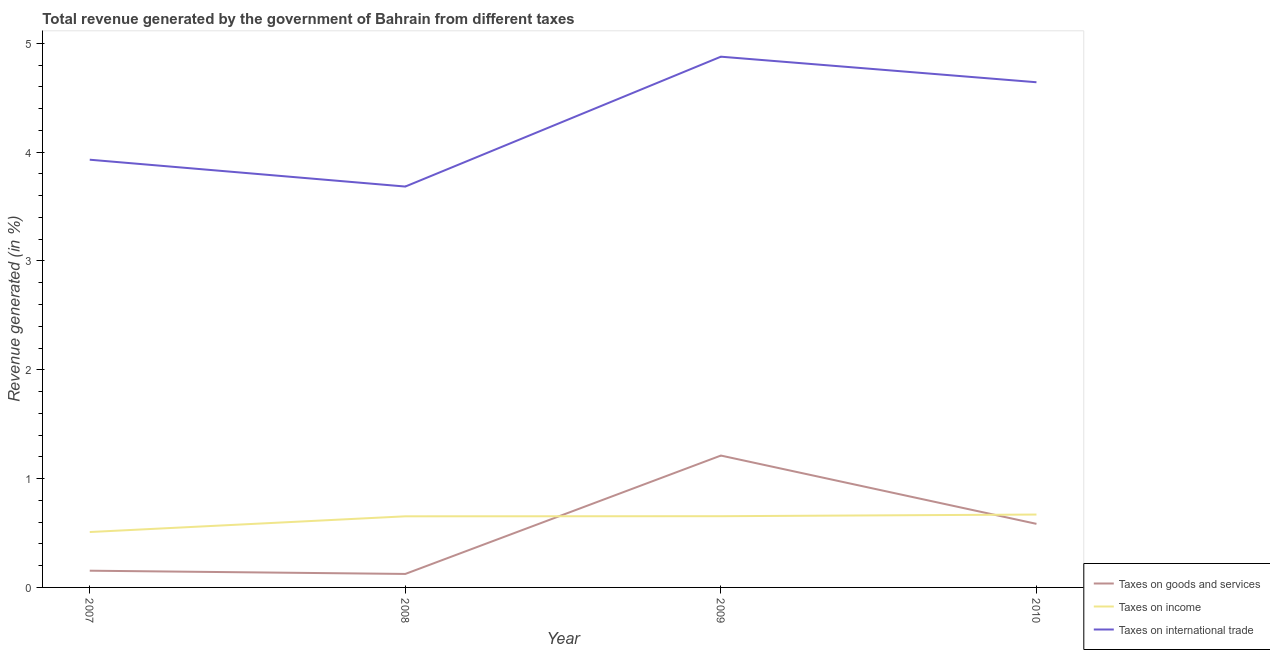
| Year | Taxes on goods and services | Taxes on income | Taxes on international trade |
 | --- | --- | --- | --- |
 | 2007 | 0.154 | 0.509 | 3.93 |
 | 2008 | 0.124 | 0.654 | 3.68 |
 | 2009 | 1.21 | 0.655 | 4.88 |
 | 2010 | 0.584 | 0.67 | 4.64 |